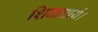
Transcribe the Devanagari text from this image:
शिवाचार्य।